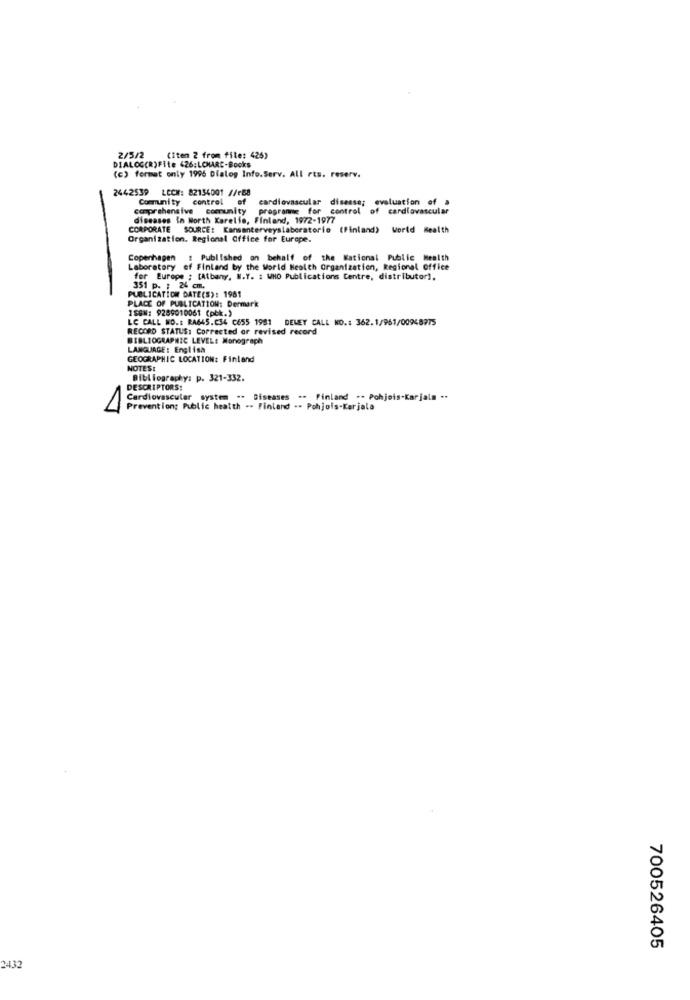
2/5/2
(Item 2 from file: 426)
DIALOG(R)Fite 426:LOMARC-Books
(c) format only 1996 Dialog Info. Serv. All rts. reserv.
2442539 LECM: 82134001 //r68
Community control of
cardiovascular disease; evaluation of a
comprehensive comunity
programme for control of cardiovascular
diseases in North Karelis, Finland, 1972-1977
CORPORATE SOURCE: Kansenterveyslaboratorio (Finland) World Health
Organization. Regional Office for Europe.
Copenhagen : Published on behalf of the National Public Health
Laboratory of Finland by the World Health Organization, Regional Office
for Europe : [Atbany. N.Y. : WHO Publications Centre, distributor).
PUBLICATION DATE(S): 1981
351 p. : 24 cm.
PLACE OF PUBLICATION: Dermark
ISBN: 9289010061 (pbk.)
LC CALL NO .: RA645.634 C655 1981 DEWEY CALL NO .: 362.1/961/00948775
RECORD STATUS: Corrected or revised record
BIBLIOGRAPHIC LEVEL: Monograph
LANGUAGE: English
GEOGRAPHIC LOCATION: Finland
NOTESI
Bibliography: p. 321-332.
DESCRIPTORS:
Cardiovascular system .. Diseases .. Finland .. Pohjois-Karjala ..
Prevention: Public health .. Finland .- Pohjois-Karjala
700526405
2432